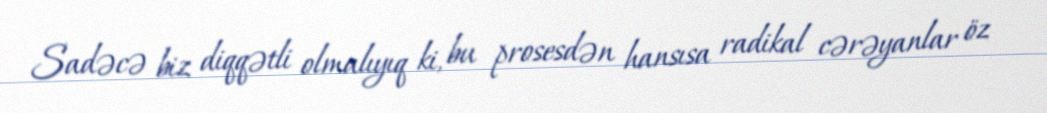
Sadəcə biz diqqətli olmalıyıq ki, bu prosesdən hansısa radikal cərəyanlar öz